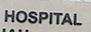
hospital